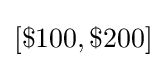
[\$100,\$200]